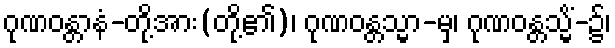
ဂုဏဝန္တာနံ-တို့အား(တို့၏)၊ ဂုဏဝန္တသ္မာ-မှ၊ ဂုဏဝန္တသ္မိံ-၌၊